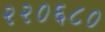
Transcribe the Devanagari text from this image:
२२०६८०